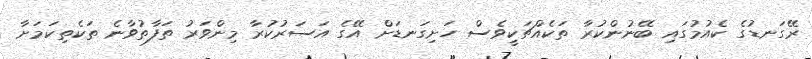
ރޭގަނޑުގެ ކެއުމުގައި ބޭނުންކުރާ ތަކެއްޗަކީވެސް ހަށިގަނޑަށް އޭގެ އަސަރުކުރާ މިންވަރު ތަފާތުވާނެ ތަކެތިކަމަށާ